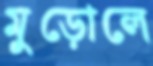
মুড়োলে